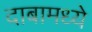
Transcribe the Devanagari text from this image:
दाबामध्ये